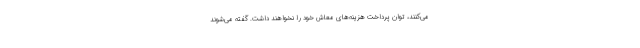
می‌کنند، توان پرداخت هزینه‌های معاش خود را نخواهند داشت. گفته می‌شوند